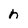
Character: n